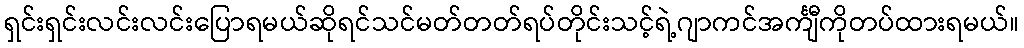
ရှင်းရှင်းလင်းလင်းပြောရမယ်ဆိုရင်သင်မတ်တတ်ရပ်တိုင်းသင့်ရဲ့ဂျာကင်အင်္ကျီကိုတပ်ထားရမယ်။